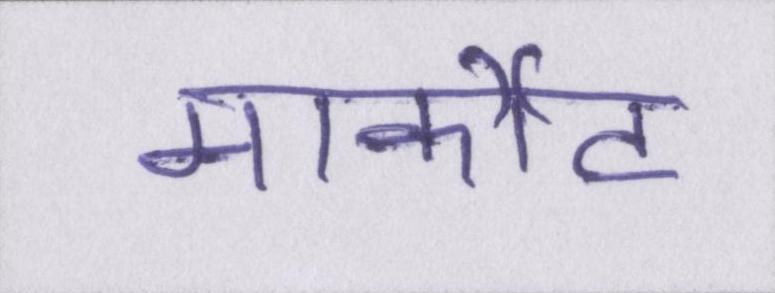
मार्कीट